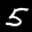
Label: 5